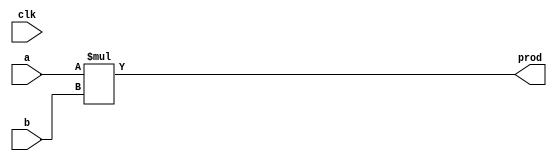
module Multiplier256 #(
	parameter WIDTH = 256,
	parameter N = 2
)(
	input clk,
	input [WIDTH-1:0] a,b,
	output reg [2*WIDTH-1:0] prod
);

always @(clk) begin
	prod = a * b;
end



endmodule